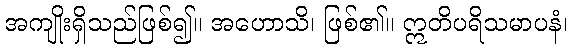
အကျိုးရှိသည်ဖြစ်၍။ အဟောသိ၊ ဖြစ်၏။ ဣတိပရိသမာပနံ၊